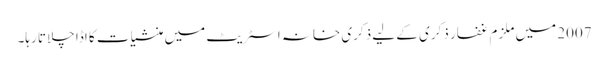
2007 میں ملزم غفار ذکری کے لیے ذکری خانہ اسٹریٹ میں منشیات کا اڈا چلاتا رہا۔